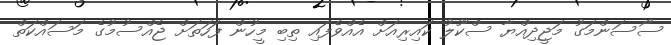
ސޯސަންމަގު މަޖީދިއްޔާ ސްކޫލު ކައިރިއަށް އެއްވެފައި ތިބި މީހުން ފަހަތަށް ޖެއްސުމުގެ މަސައްކަތް